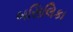
બસિલિકા